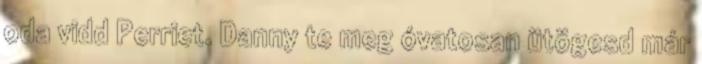
oda vidd Perriet. Danny te meg óvatosan ütögesd már